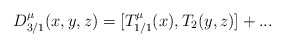
\begin{align*}D_{3/1}^\mu(x,y,z)=[T_{1/1}^\mu(x),T_2(y,z)]+...\end{align*}